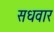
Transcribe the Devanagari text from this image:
सधवार